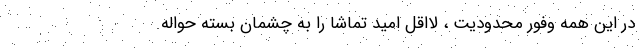
در این همه وفور محدودیت ، لااقل امید تماشا را به چشمان بسته حواله